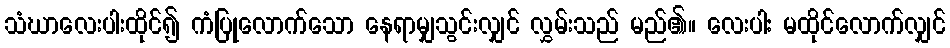
သံဃာလေးပါးထိုင်၍ ကံပြုလောက်သော နေရာမျှသွင်းလျှင် လွှမ်းသည် မည်၏။ လေးပါး မထိုင်လောက်လျှင်